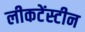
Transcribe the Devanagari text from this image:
लीकटेंस्टीन